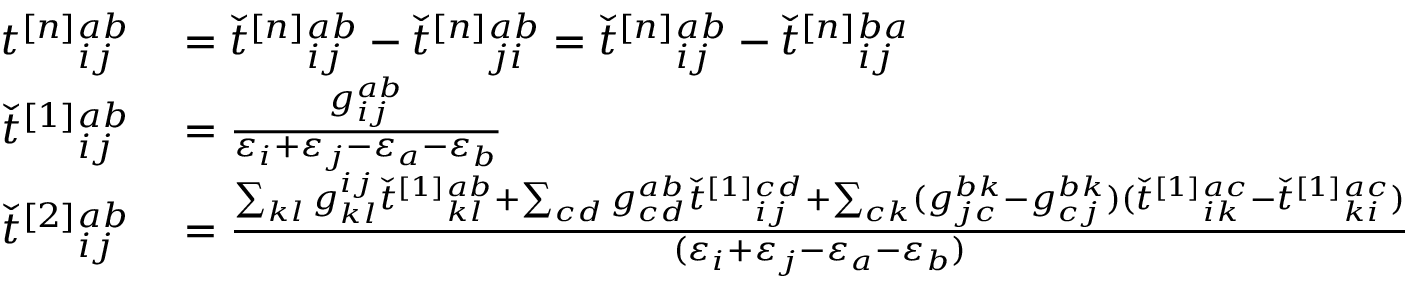
\begin{array} { r l } { t ^ { [ n ] } { } _ { i j } ^ { a b } } & { { } = \check { t } ^ { [ n ] } { } _ { i j } ^ { a b } - \check { t } ^ { [ n ] } { } _ { j i } ^ { a b } = \check { t } ^ { [ n ] } { } _ { i j } ^ { a b } - \check { t } ^ { [ n ] } { } _ { i j } ^ { b a } } \\ { \check { t } ^ { [ 1 ] } { } _ { i j } ^ { a b } } & { { } = \frac { g _ { i j } ^ { a b } } { \varepsilon _ { i } + \varepsilon _ { j } - \varepsilon _ { a } - \varepsilon _ { b } } } \\ { \check { t } ^ { [ 2 ] } { } _ { i j } ^ { a b } } & { { } = \frac { \sum _ { k l } g _ { k l } ^ { i j } \check { t } ^ { [ 1 ] } { } _ { k l } ^ { a b } + \sum _ { c d } g _ { c d } ^ { a b } \check { t } ^ { [ 1 ] } { } _ { i j } ^ { c d } + \sum _ { c k } ( g _ { j c } ^ { b k } - g _ { c j } ^ { b k } ) ( \check { t } ^ { [ 1 ] } { } _ { i k } ^ { a c } - \check { t } ^ { [ 1 ] } { } _ { k i } ^ { a c } ) } { ( \varepsilon _ { i } + \varepsilon _ { j } - \varepsilon _ { a } - \varepsilon _ { b } ) } } \end{array}